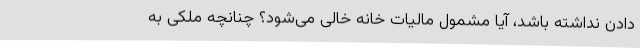
دادن نداشته باشد، آیا مشمول مالیات خانه خالی می‌شود؟ چنانچه ملکی به